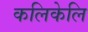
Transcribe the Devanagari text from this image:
कलिकेलि